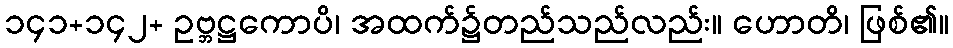
၁၄၁+၁၄၂+ ဥဗ္ဘဋ္ဌကောပိ၊ အထက်၌တည်သည်လည်း။ ဟောတိ၊ ဖြစ်၏။